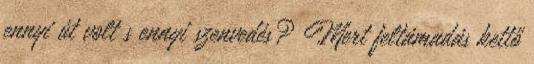
ennyi út volt s ennyi szenvedés? Mert feltámadás kettő